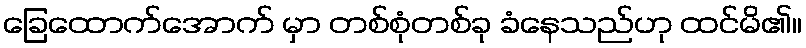
ခြေထောက်အောက် မှာ တစ်စုံတစ်ခု ခံနေသည်ဟု ထင်မိ၏။